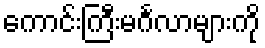
ကောင်းကြီးမင်္ဂလာများကို